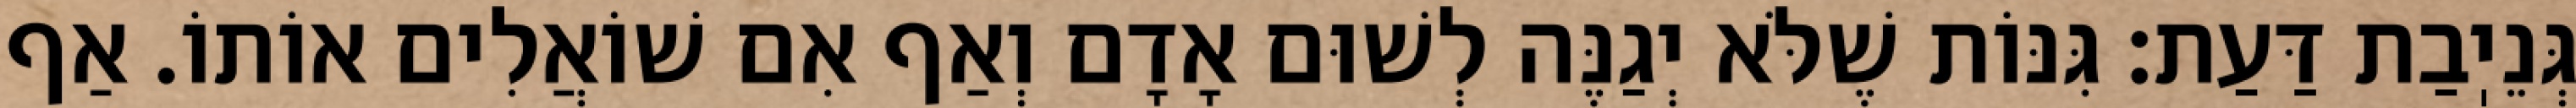
גְּנֵיֽבַת דַּעַת: גִּנּוֹת שֶׁלֹּא יְגַנֶּה לְשׁוּם אָדָם וְאַף אִם שׁוֹאֲלִים אוֹתוֹ. אַף